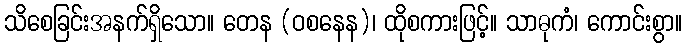
သိစေခြင်းအနက်ရှိသော။ တေန (ဝစနေန)၊ ထိုစကားဖြင့်။ သာဓုကံ၊ ကောင်းစွာ။